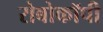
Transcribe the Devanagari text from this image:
रोबोकॉपी